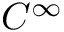
{ \cal C } ^ { \infty }